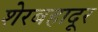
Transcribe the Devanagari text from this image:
शेरबहादूर